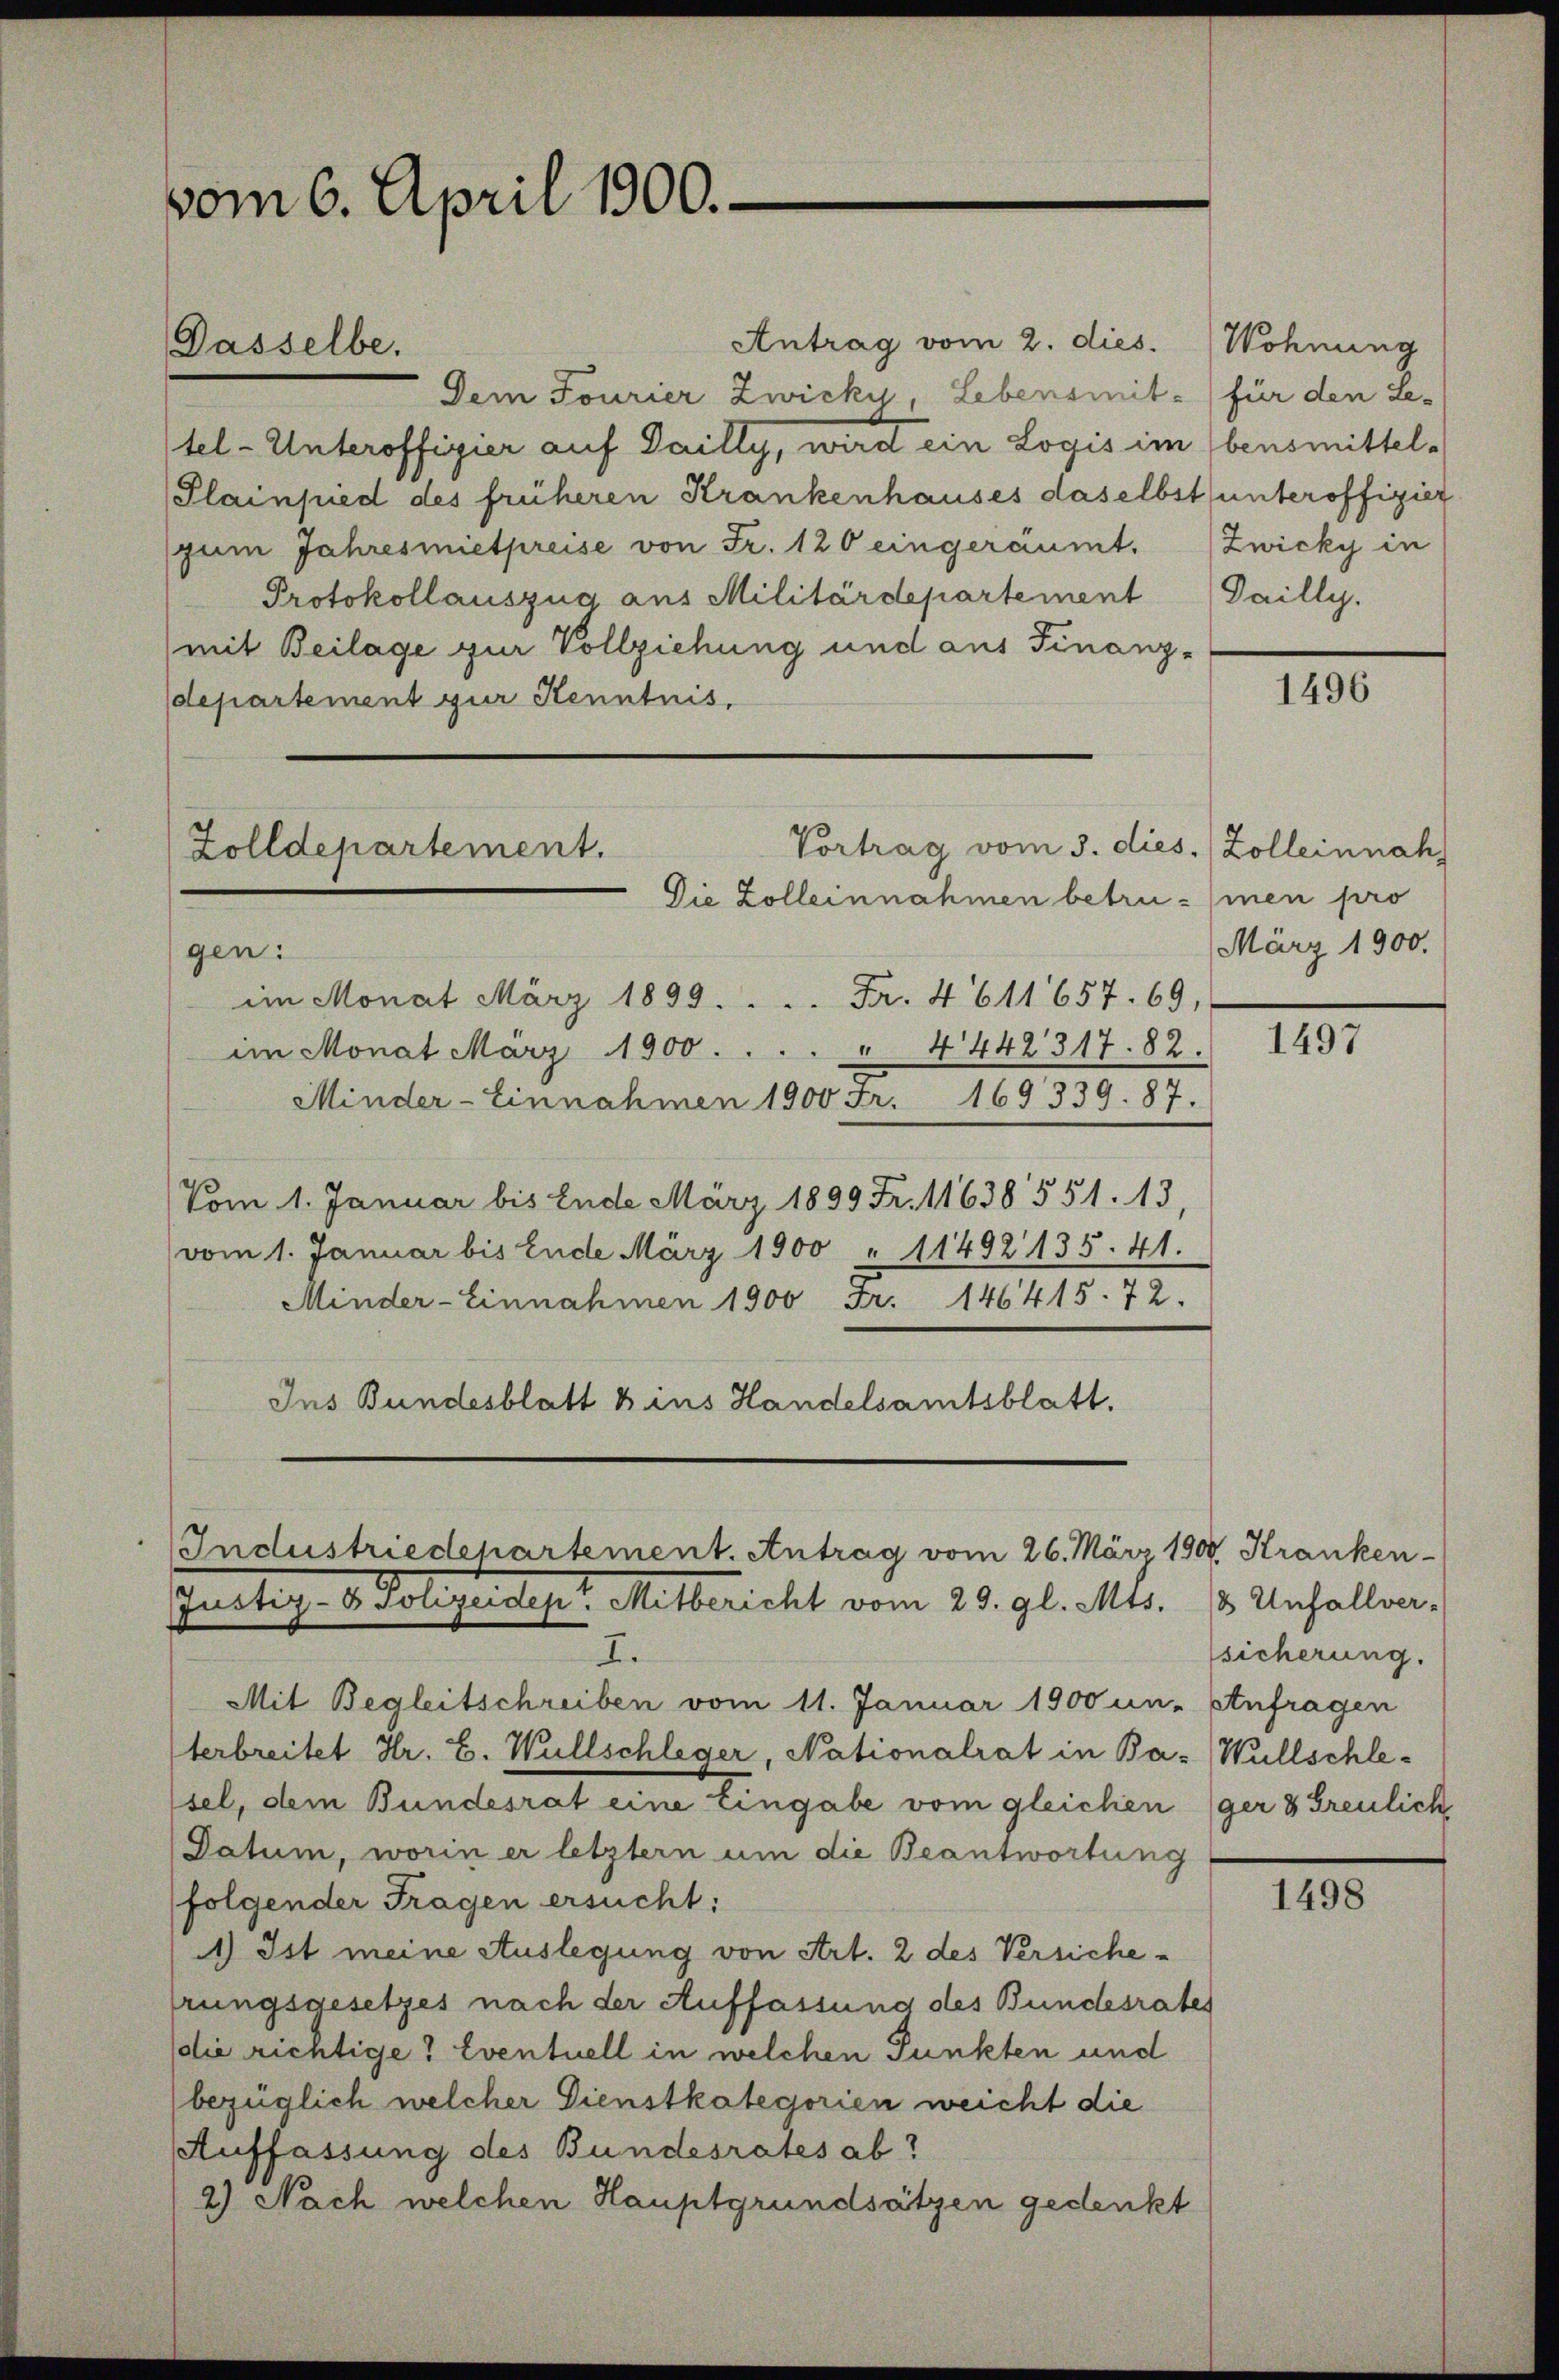
vom 6. April 1900.

Antrag vom 2. dies.
Dem Fourier Zwicky, Lebensmit- (für den Le-
tel-Unteroffizier auf Dailly, wird ein Logis im Ebensmittel¬
Plainpied des früheren Krankenhauses daselbst unteroffigier
(zum Jahresmietpreise von Fr. 120 eingeräumt.
Protokollauszug aus Militärdepartement
(mit Beilage zur Vollziehung und aus Finanz-
departement zur Kenntnis,

Dasselbe.

Vortrag vom 3. dies Zolleinnah
Zolldepartement.
Die Zolleinnahmen betrusinen pro
gen:

im Monat März 1899. . . . Fr. 4611657. 69,
4442317. 82.
im Monat März 1900 . . .
Minder-Einnahmen 1900 Fr. 169339. 87.
Vom 1. Januar bis Ende März 1899 Fr. 11638 551. 13
vom 1. Januar bis Ende März 1900 " 11492 135. 41.
Minder-Einnahmen 1900 Fr. 146415. 72.
Ins Bundesblatt u ins Handelsamtsblatt.

Industriedepartement. Antrag vom 26. März 190. Kranken-
Justiz- & Polizeidept. Mitbericht vom 29. gl. Mts. 13. Unfallver-
I.

Mit Begleitschreiben vom 11. Januar 1900 un- Anfragen
terbreitet Hr. L. Wullschleger, Nationalrat in Ba-Wüllschlesel, dem Bundesrat eine Eingabe vom gleichen (ger 3 Greulich,
Datum, worin er letztern um die Beantwortung
folgender Fragen ersucht:
1) Ist meine Auslegung von Art. 2 des Versichehrungsgesetzes nach der Auffassung des Bundesrates
die richtige? Eventuell in welchen Punkten und
bezüglich welcher Dienstkategorien weicht die
Auffassung des Bundesrates ab
2) Nach welchen Hauptgrundsätzen gedenkt

Wohnung
Zwicky in
Dailly.

1496

März 1900.

1497

sicherung.

1498